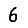
Digit: 6